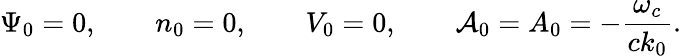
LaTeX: \Psi_{0}=0,\qquad n_{0}=0,\qquad V_{0}=0,\qquad{\cal A}_{0}=A_{0}=-{\frac{\omega_{c}}{ck_{0}}}.